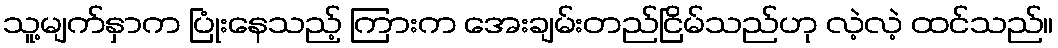
သူ့မျက်နှာက ပြုံးနေသည့် ကြားက အေးချမ်းတည်ငြိမ်သည်ဟု လဲ့လဲ့ ထင်သည်။